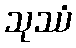
သုဿံ